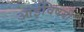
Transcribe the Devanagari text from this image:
आईविषयी